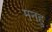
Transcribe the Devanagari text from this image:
मनहु